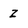
Character: Z